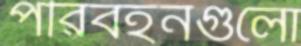
পরিবহনগুলো